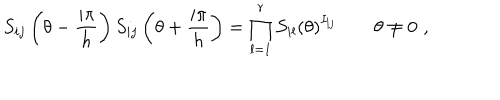
LaTeX: S _ { i j } \left( \theta - \frac { i \pi } { h } \right) S _ { i j } \left( \theta + \frac { i \pi } { h } \right) = \prod _ { l = 1 } ^ { r } S _ { i l } \left( \theta \right) ^ { I _ { l j } } \qquad \theta \neq 0 \, \, ,